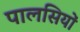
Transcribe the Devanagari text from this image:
पालसियों